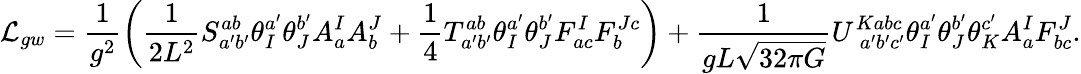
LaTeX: {\cal L}_{gw}=\frac{1}{g^{2}}\left(\frac{1}{2L^{2}}S_{a^{\prime}b^{\prime}}^{ab}\theta_{I}^{a^{\prime}}\theta_{J}^{b^{\prime}}A_{a}^{I}A_{b}^{J}+\frac{1}{4}T_{a^{\prime}b^{\prime}}^{ab}\theta_{I}^{a^{\prime}}\theta_{J}^{b^{\prime}}F_{ac}^{I}F_{b}^{Jc}\right)+\frac{1}{gL\sqrt{32\pi G}}U_{\; a^{\prime}b^{\prime}c^{\prime}}^{Kabc}\theta_{I}^{a^{\prime}}\theta_{J}^{b^{\prime}}\theta_{K}^{c^{\prime}}A_{a}^{I}F_{bc}^{J}.